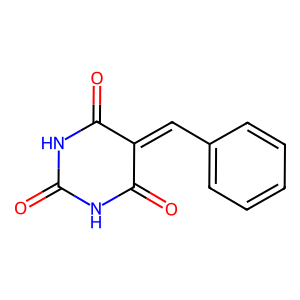
SMILES: O=C1NC(=O)C(=Cc2ccccc2)C(=O)N1
Inhibits HIV replication: No